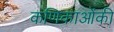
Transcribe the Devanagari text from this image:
कणिकाओंकी